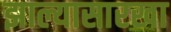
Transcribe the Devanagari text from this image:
झाल्यासारखा